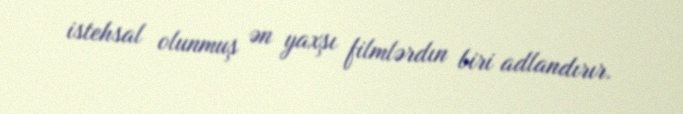
istehsal olunmuş ən yaxşı filmlərdın biri adlandırır.